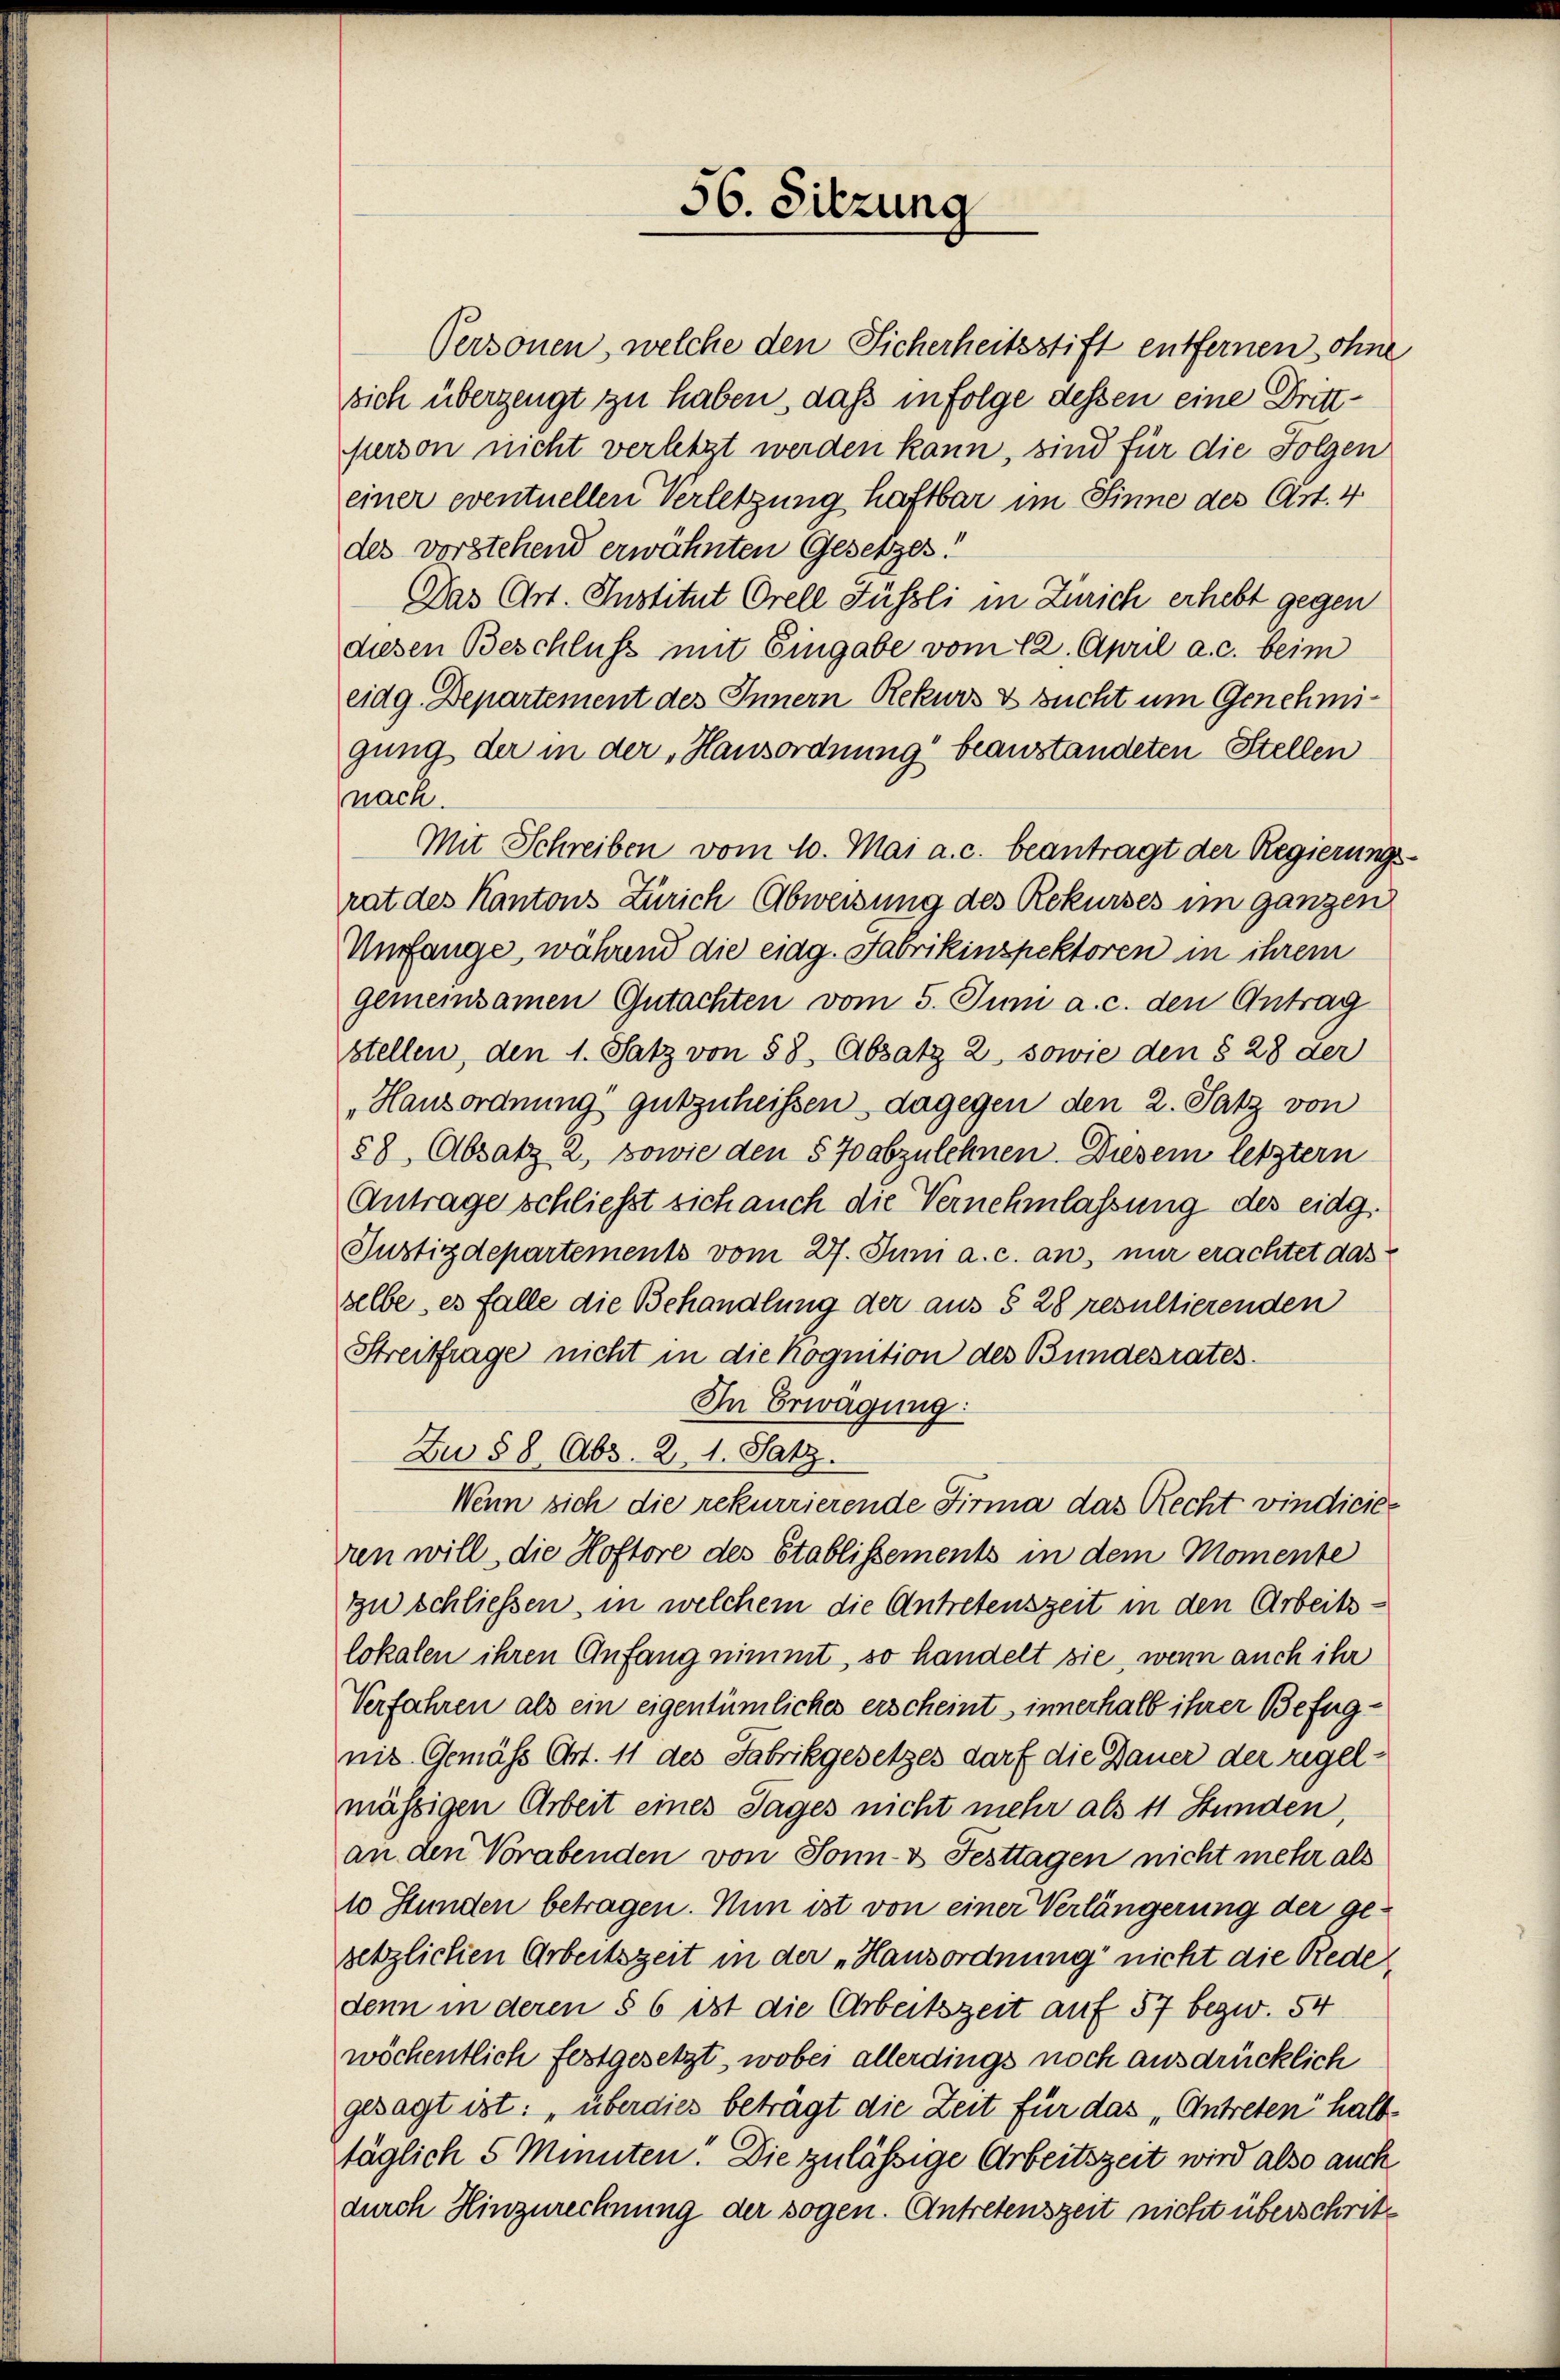
56. Sitzung

sich überzeugt zu haben, daß infolge dessen eine Drittperson nicht verletzt werden kann, sind für die Folgen
einer eventuellen Verletzung haftbar im Sinne des Art. 4
des vorstehend erwähnten Gesetzes!
Das Art. Institut Orell Führli in Zürich erhebt gegen
diesen Beschluss mit Eingabe vom 12. April a. c. beim
eidg. Departement des Innern Rekurs & sucht um Genehmigung der in der „Hausordnung beanstandeten Stellen
nach.
Mit Schreiben vom 10. Mai a. c. beantragt der Regierungs-
rat des Kantons Zürich Abweisung des Rekurses im ganzen
Unfange, während die eidg. Fabrikinspektoren in ihrem
gemeinsamen Gutachten vom 5. Juni a. c. den Antrag
stellen, den 1. Satz von 58 Absatz 2, sowie den § 28 der
Hausordnung gutzuheißen, dagegen den 2. Satz von
88, Absatz 2, sowie den § 70 abzulehnen. Diesem letztern
Antrage schließt sich auch die Vernehmlassung des eidg.
Justizdepartements vom 27. Juni a. c. an, nur erachtet das
selbe, es falle die Behandlung der aus § 28 resultierenden
Streitfrage nicht in die Kognition des Bundesrates.
In Erwägung:
Zu 88 Abs. 2. 1. Satz.
Wenn sich die rekurrierende Firma das Recht vindicieren will, die Hoftore des Stablissements in dem Momente
zu schliessen, in welchem die Antretenszeit in den Arbeitslokalen ihren Anfang nimmt, so handelt sie, wenn auch ihr
Verfahren als ein eigentümliches erscheint innerhalb ihrer Befugnit. Gemäss Art. 11 des Fabrikgesetzes darf die Dauer der regelmässigen Arbeit eines Tages nicht mehr als 11 Stunden,
an den Vorabenden von Sonn- & Festtagen nicht mehr als
10 Stunden betragen. Nun ist von einer Verlängerung der gesetzlichen Arbeitszeit in der „Hausordnung nicht die Rede,
denn in deren § 6 ist die Arbeitszeit auf 57 bezw. 54
wöchentlich festgesetzt, wobei allerdings noch ausdrücklich
gesagt ist: „überdies beträgt die Zeit für das „Entreten halb
täglich 5 Minuten! Die zulässige Arbeitszeit wird also auch
durch Hinzurechnung der sogen. Antretenszeit nicht überschritte

Personen, welche den Sicherheitsstift entfernen ohne